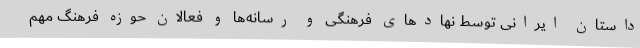
داستان ایرانی توسط نهادهای فرهنگی و رسانه‌ها و فعالان حوزه فرهنگ مهم